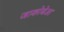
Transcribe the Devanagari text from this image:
जाकोबेआ